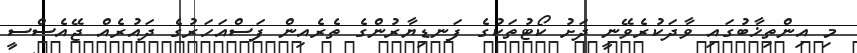
މި އިންތިޚާބުގައި ވާދަކުރެވޭނީ ދަށު ކޯޓުތަކުގެ ފަނޑިޔާރުންގެ ތެރެއިން ފަސްއަހަރުގެ ދައުރެއް ޖޭއެސްސީ